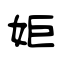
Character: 姖